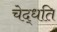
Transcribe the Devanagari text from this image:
चेद्धति